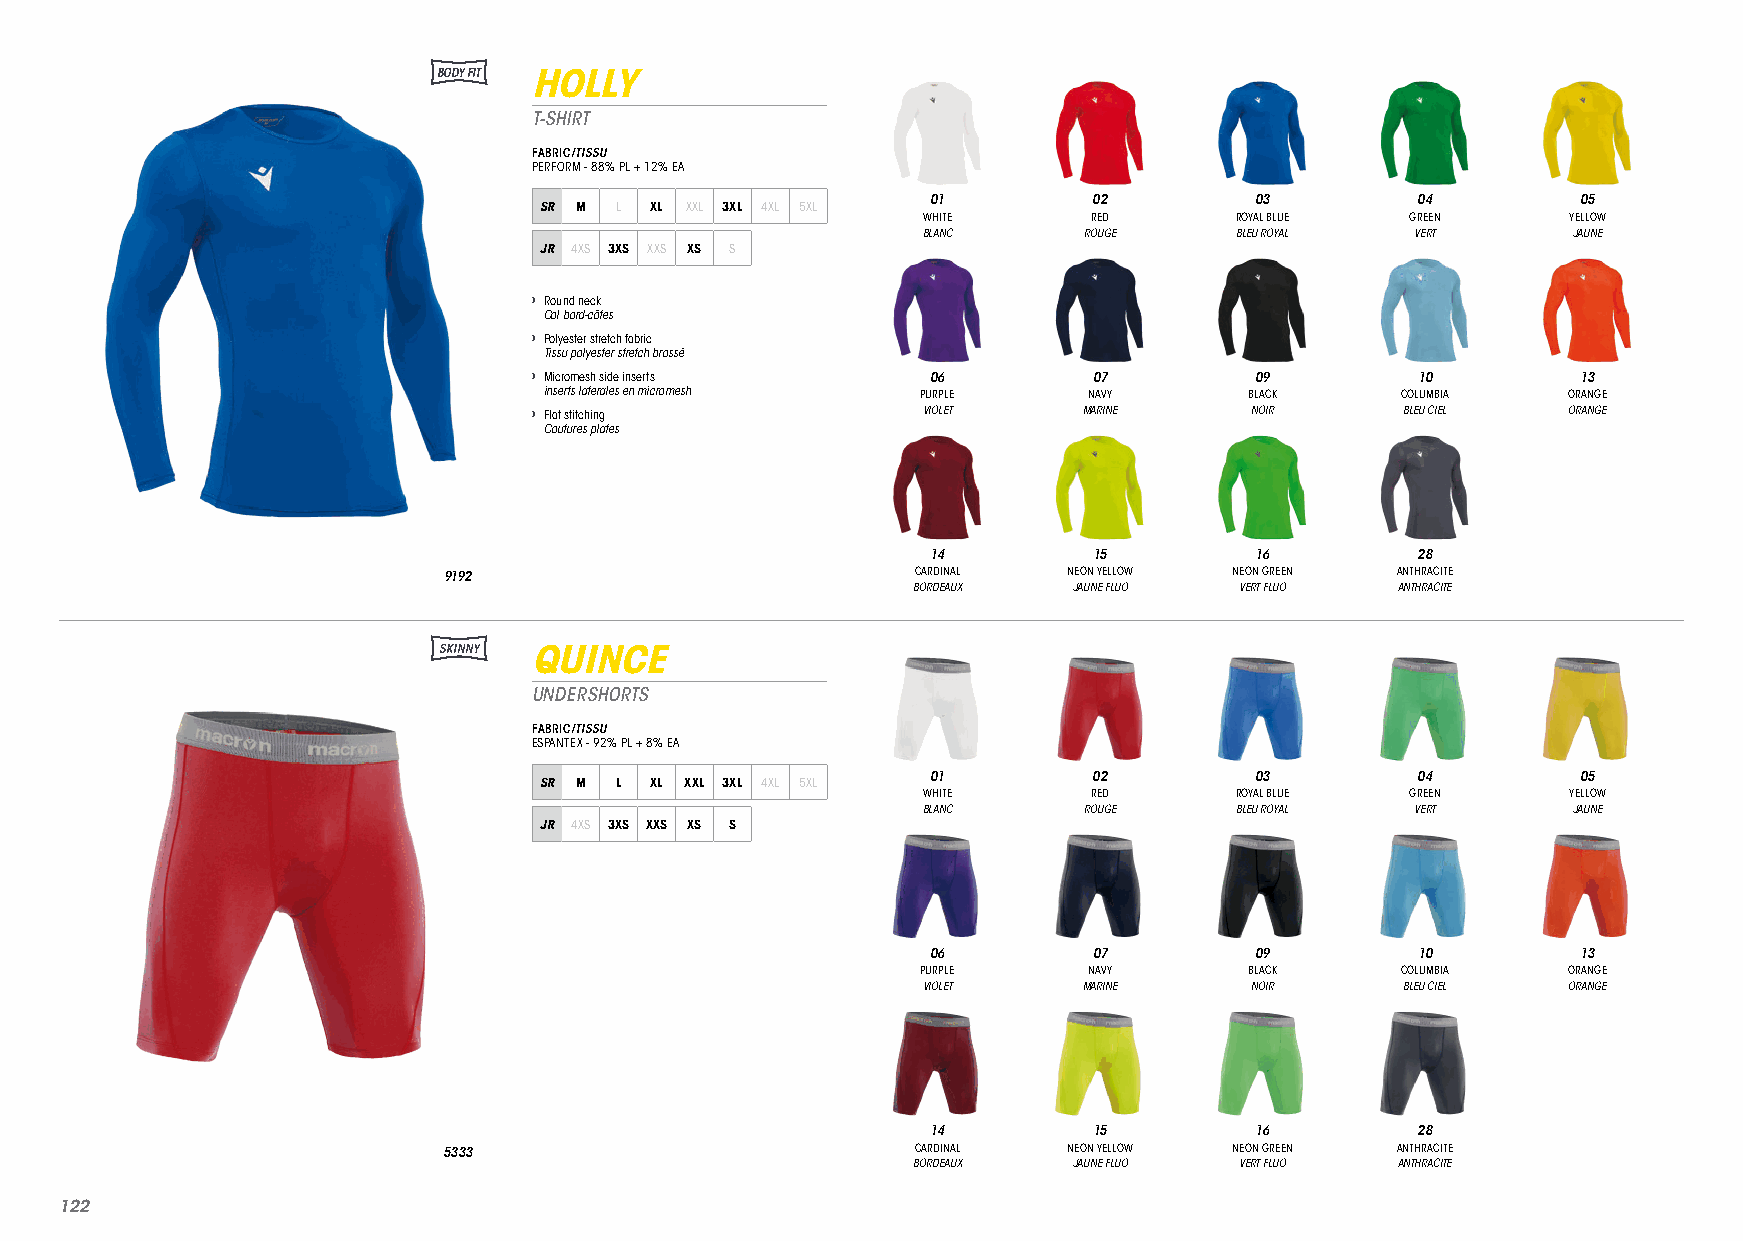
BODY FIT HOLLY
 T-SHIRT
 FABRIC/TISSU
 PERFORM - 88% PL + 12% EA
 01        02         03         04         05
 SR M L XL XXL 3XL 4XL 5XL
 WHITE      RED       ROYAL BLUE GREEN      YELLOW
 BLANC      ROUGE     BLEU ROYAL  VERT      JAUNE
 JR 4XS 3XS XXS XS S
 › Round neck
 Col bord-côtes
 › Polyester stretch fabric
 Tissu polyester stretch brossé
 › Micromesh side inserts   06        07         09         10         13
 inserts laterales en micromesh PURPLE NAVY     BLACK     COLUMBIA   ORANGE
 › Flat stitching          VIOLET     MARINE     NOIR      BLEU CIEL  ORANGE
 Coutures plates
 14        15         16         28
 9192                            CARDINAL  NEON YELLOW NEON GREEN ANTHRACITE
 BORDEAUX   JAUNE FLUO VERT FLUO  ANTHRACITE
 SKINNY QUINCE
 UNDERSHORTS
 FABRIC/TISSU
 ESPANTEX - 92% PL + 8% EA
 01        02         03         04         05
 SR M L XL XXL 3XL 4XL 5XL
 WHITE      RED       ROYAL BLUE GREEN      YELLOW
 BLANC      ROUGE     BLEU ROYAL  VERT      JAUNE
 JR 4XS 3XS XXS XS S
 06        07         09         10         13
 PURPLE     NAVY       BLACK     COLUMBIA   ORANGE
 VIOLET     MARINE     NOIR      BLEU CIEL  ORANGE
 14        15         16         28
 5333                            CARDINAL  NEON YELLOW NEON GREEN ANTHRACITE
 BORDEAUX   JAUNE FLUO VERT FLUO  ANTHRACITE
 112222